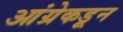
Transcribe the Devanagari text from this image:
आंग्रेकडून